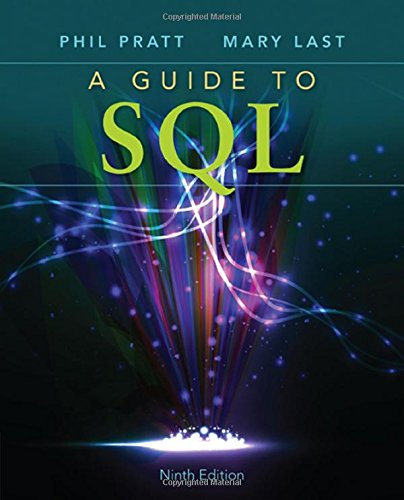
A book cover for A Guide to SQL; Philip J. Pratt; Computers & Technology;